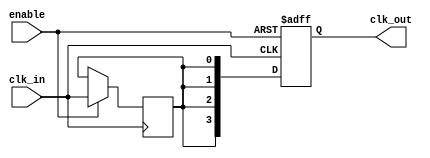
module clock_tree_buffer #(
    parameter NUM_OUTPUTS = 4  // Number of output clock signals
)(
    input wire clk_in,          // Input Clock Signal
    input wire enable,          // Enable Control Signal
    output reg [NUM_OUTPUTS-1:0] clk_out  // Output Clock Signals
);

    // Internal signal for buffered clock
    reg buffered_clk;

    // Clock buffering process
    always @(posedge clk_in or negedge enable) begin
        if (!enable) begin
            // If disabled, output clocks are held low
            clk_out <= {NUM_OUTPUTS{1'b0}};
        end else begin
            // Buffer the input clock signal
            buffered_clk <= clk_in;
            // Distribute the buffered clock to output signals
            clk_out <= {NUM_OUTPUTS{buffered_clk}};
        end
    end

    // Optionally, add skew and jitter management here
    // This can include logic for matched delays, if needed

endmodule